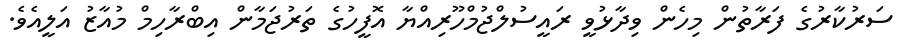
ސަރުކާރުގެ ފަރާތުން މިހެން ވިދާޅުވީ ރައީސުލްޖުމްހޫރިއްޔާ އޮފީހުގެ ތަރުޖަމާން އިބްރާހިމް މުއާޒު އަލީއެވެ.